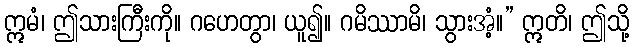
ဣမံ၊ ဤသားကြီးကို။ ဂဟေတွာ၊ ယူ၍။ ဂမိဿာမိ၊ သွားအံ့။” ဣတိ၊ ဤသို့